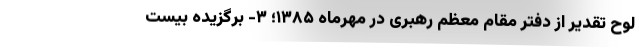
لوح تقدیر از دفتر مقام معظم رهبری در مهرماه ۱۳۸۵؛ ۳- برگزیده بیست